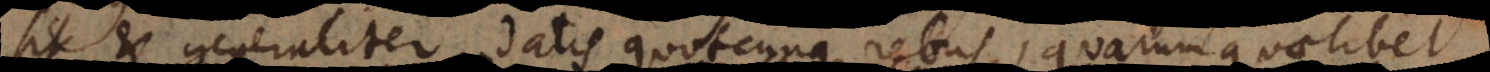
sit, et generaliter datis quotcunque rebus, quarum quaelibet